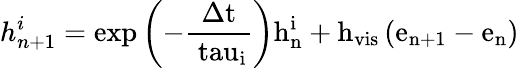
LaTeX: h_{n+1}^{i}=\mathrm{{exp}\left(-\frac{\Delta t}{\ tau_{i}}\right)h_{n}^{i}+h_{vis}\left(e_{n+1}-e_{n}\right)}